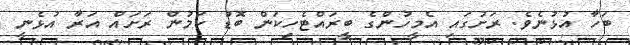
ބަހާ އުޅުނެވެ. ރަށުގައި އެމީހުންގެ ބީރައްޓެހިކަން ބޮޑު ކަމުން ރަށައް އަރާ އުޅެނީ